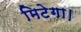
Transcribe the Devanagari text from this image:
मिटेगा।